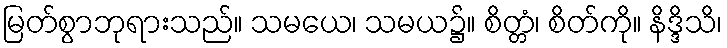
မြတ်စွာဘုရားသည်။ သမယေ၊ သမယ၌။ စိတ္တံ၊ စိတ်ကို။ နိဒ္ဒိသိ၊